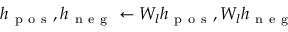
h _ { \mathrm { ~ p ~ o ~ s ~ } } , h _ { \mathrm { ~ n ~ e ~ g ~ } } \gets W _ { l } h _ { \mathrm { ~ p ~ o ~ s ~ } } , W _ { l } h _ { \mathrm { ~ n ~ e ~ g ~ } }